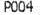
P004